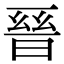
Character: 𭦙